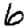
Digit: 6